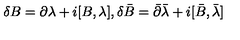
\delta B = \partial \lambda + i [ B , \lambda ] , \delta \bar { B } = \bar { \partial } \bar { \lambda } + i [ \bar { B } , \bar { \lambda } ]